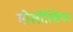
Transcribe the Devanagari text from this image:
मोलोस्शियन